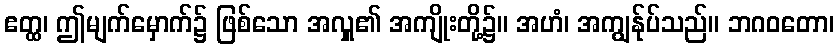
ဧတ္ထ၊ ဤမျက်မှောက်၌ ဖြစ်သော အလှူ၏ အကျိုးတို့၌။ အဟံ၊ အကျွန်ုပ်သည်။ ဘဂဝတော၊